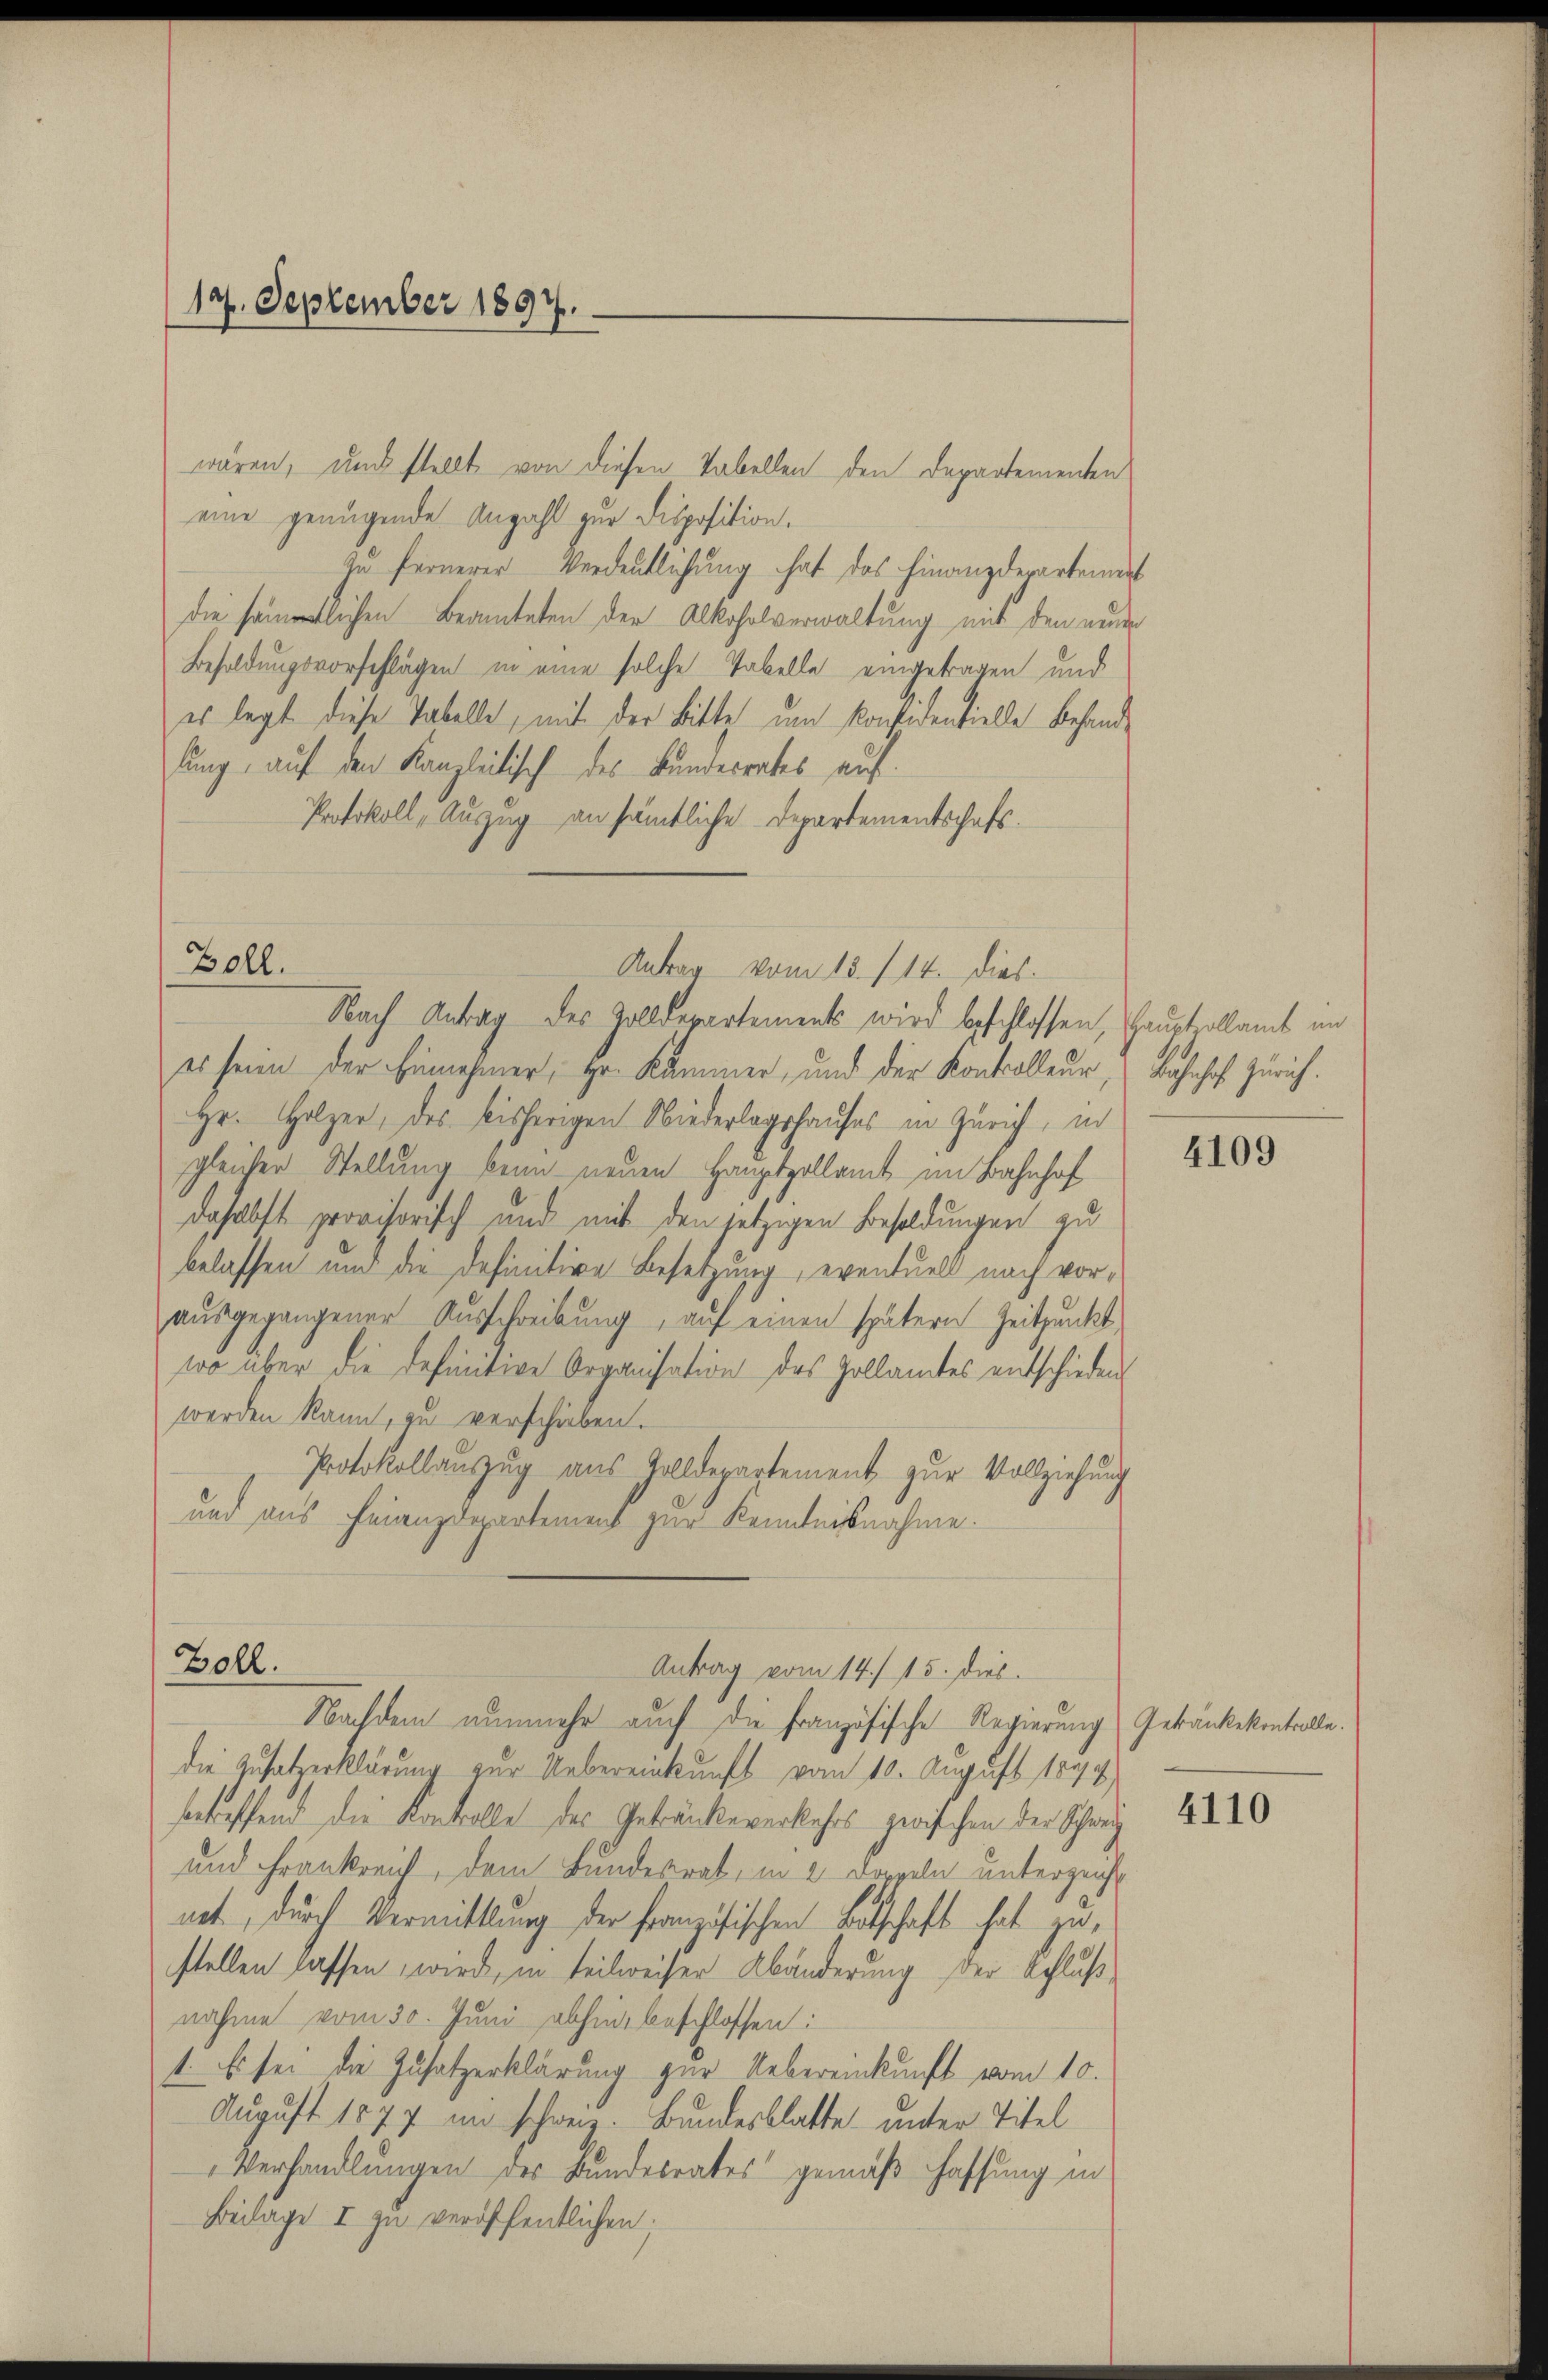
17. September 1897.

wären, und stellt von diesen Tabellen den Departementen
eine genügende Anzahl zur Disposition.
zu fernerer Verdeutlichung hat das Finanzderartement
die sämmtlichen Beamteten der Alkoholverwaltung mit den neuer
Besoldungsvorschlagen in eine solche Tabelle eingetragen und
es legt diese Tabelle, mit der Bitte um Konsidentielle Behandlung, auf den Kanzleitisch des Bundesrates auf
Protokoll, Auszug an sämtliche Departementschaftses seien der Einnehmer, Hr. Kammer, und der Kontrolleur, Bahnhof Zürich.
Hr. Holzer, des bisherigen Niederlagshauses in Zürich, in
gleicher Stellung beim neuen Hauptzollamt im Bahnhof
daselbst provisorisch und mit den jetzigen Besoldungen zu
belassen um die definitive Besetzung, eventuell nach voraŭsgegangener Aŭsschreibŭng aŭf einen spätern Zeitpunkt,
wo über die definitive Organisation des Zollamtes entschieden
werden kann, zu verschieben.
Protokollauszug aus Zolldepartement zur Vollziehung
und aus Finanzdepartement zur Kenntnisnahme.
Zoll.
Antrag vom 14./ 15. dies
Nachdem nunmehr auch die Französische Regierung (Getränkekontrolle.
die Zusatzerklärung zur Uebereinkunft vom 10. August 1894
bertreffend die Kontolle des Gebänkeverkehrs zwischen der Schweiz 4240
und Frankreich, dem Bundesrat, in 2 Dorgeln unterzeichnet, durch Vermittlung der Französischen Botschaft hat zustellen lassen, wird, in teilweiser Abänderung der Schluß,
nahme vom 30. Juni abhin beschlossen:
1. Es sei die Zusatzerklärung zur Uebereinkunft vom 10.
August 1877 im schweiz. Bundesblatte unter Titel
Verhandlungen des Bundesrates gemäß haffung in
Beilage I zu veröffentlichen

Boll.

Antrag vom 15./14. dies
Nach Antrag des Zolldepartements wird beschlossen, Haupt allamt in

4109